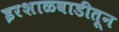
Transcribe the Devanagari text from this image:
इरशाळवाडीतून